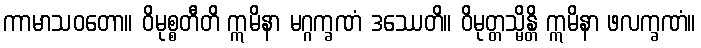
ကာမာသဝတော။ ဝိမုစ္စတီတိ ဣမိနာ မဂ္ဂက္ခဏံ ဒဿေတိ။ ဝိမုတ္တသ္မိန္တိ ဣမိနာ ဖလက္ခဏံ။